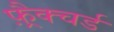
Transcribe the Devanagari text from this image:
फ़्रैक्चर्ड